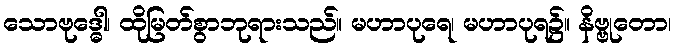
သောဗုဒ္ဓေါ၊ ထိုမြတ်စွာဘုရားသည်။ မဟာပုရေ၊ မဟာပုရ၌။ နိဗ္ဗုတော၊